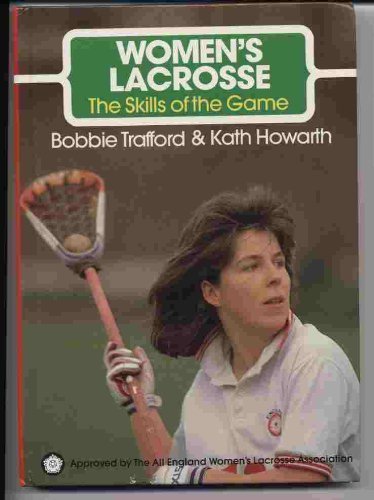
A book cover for Women's Lacrosse (Skills of the Game Series); Bobbie Trafford; Sports & Outdoors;